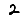
Digit: 2